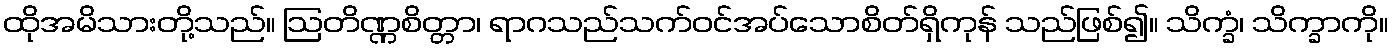
ထိုအမိသားတို့သည်။ ဩတိဏ္ဏစိတ္တာ၊ ရာဂသည်သက်ဝင်အပ်သောစိတ်ရှိကုန် သည်ဖြစ်၍။ သိက္ခံ၊ သိက္ခာကို။